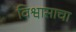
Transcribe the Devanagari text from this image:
विश्वासाचा